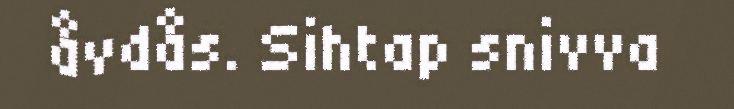
åvdås. Sihtap snivva